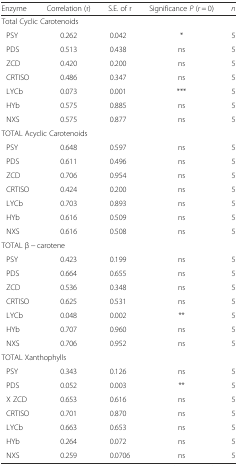
| Enzyme | Correlation (r) | S.E. of r | Significance P (r = 0) | n |
 | --- | --- | --- | --- | --- |
 | <COLSPAN=5> Total Cyclic Carotenoids |
 | PSY | 0.262 | 0.042 | * | 5 |
 | PDS | 0.513 | 0.438 | ns | 5 |
 | ZCD | 0.420 | 0.200 | ns | 5 |
 | CRTISO | 0.486 | 0.347 | ns | 5 |
 | LYCb | 0.073 | 0.001 | *** | 5 |
 | HYb | 0.575 | 0.885 | ns | 5 |
 | NXS | 0.575 | 0.877 | ns | 5 |
 | <COLSPAN=5> TOTAL Acyclic Carotenoids |
 | PSY | 0.648 | 0.597 | ns | 5 |
 | PDS | 0.611 | 0.496 | ns | 5 |
 | ZCD | 0.706 | 0.954 | ns | 5 |
 | CRTISO | 0.424 | 0.200 | ns | 5 |
 | LYCb | 0.703 | 0.893 | ns | 5 |
 | HYb | 0.616 | 0.509 | ns | 5 |
 | NXS | 0.616 | 0.508 | ns | 5 |
 | <COLSPAN=5> TOTAL β − carotene |
 | PSY | 0.423 | 0.199 | ns | 5 |
 | PDS | 0.664 | 0.655 | ns | 5 |
 | ZCD | 0.536 | 0.348 | ns | 5 |
 | CRTISO | 0.625 | 0.531 | ns | 5 |
 | LYCb | 0.048 | 0.002 | ** | 5 |
 | HYb | 0.707 | 0.960 | ns | 5 |
 | NXS | 0.706 | 0.952 | ns | 5 |
 | <COLSPAN=5> TOTAL Xanthophylls |
 | PSY | 0.343 | 0.126 | ns | 5 |
 | PDS | 0.052 | 0.003 | ** | 5 |
 | X ZCD | 0.653 | 0.616 | ns | 5 |
 | CRTISO | 0.701 | 0.870 | ns | 5 |
 | LYCb | 0.663 | 0.653 | ns | 5 |
 | HYb | 0.264 | 0.072 | ns | 5 |
 | NXS | 0.259 | 0.0706 | ns | 5 |